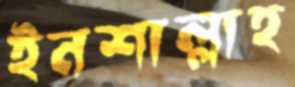
ইনশাল্লাহ